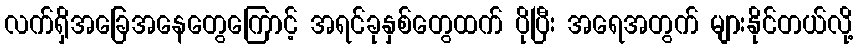
လက်ရှိအခြေအနေတွေကြောင့် အရင်ခုနှစ်တွေထက် ပိုပြီး အရေအတွက် များနိုင်တယ်လို့